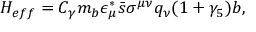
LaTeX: H _ { e f f } = C _ { \gamma } m _ { b } \epsilon _ { \mu } ^ { * } \bar { s } \sigma ^ { \mu \nu } q _ { \nu } ( 1 + \gamma _ { 5 } ) b ,